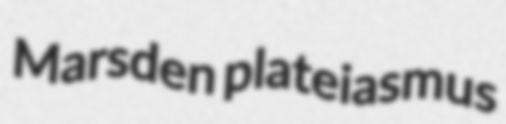
Marsden plateiasmus